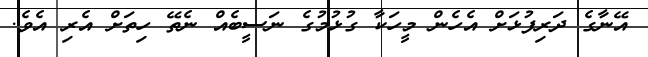
އޭނާގެ ދަރިފުޅަށް އެހެން މީހަކާ ގުޅުމުގެ ނަސީބެއް ނެތޭ ހިތަށް އެރި އެވެ.